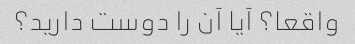
واقعا؟ آیا آن را دوست دارید؟